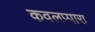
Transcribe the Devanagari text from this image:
कवलप्पारा